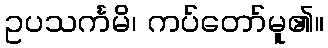
ဥပသင်္ကမိ၊ ကပ်တော်မူ၏။